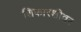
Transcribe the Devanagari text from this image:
शिफारशीवर